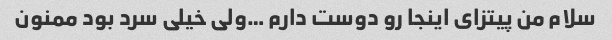
سلام من پیتزای اینجا رو دوست دارم …ولی خیلی سرد بود ممنون